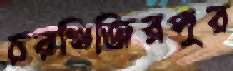
চরখিজিরপুর